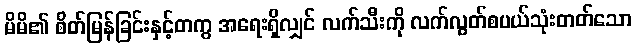
မိမိ၏ စိတ်မြန်ခြင်းနှင့်တကွ အရေးရှိလျှင် လက်သီးကို လက်လွတ်စပယ်သုံးတတ်သော